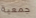
جمعية